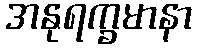
အနုရက္ခမာနာ